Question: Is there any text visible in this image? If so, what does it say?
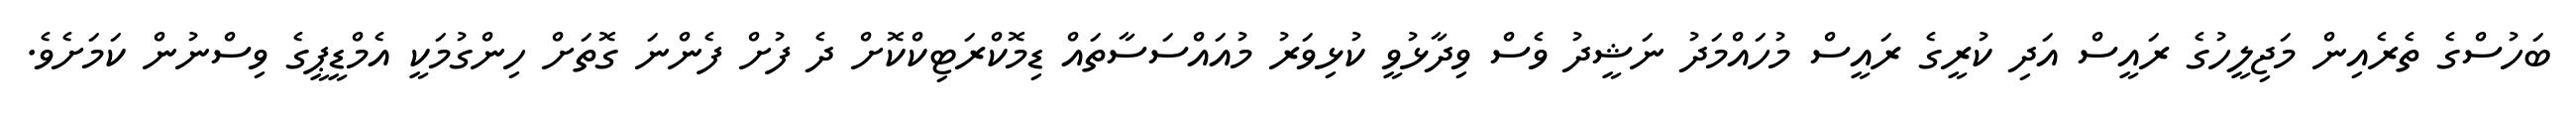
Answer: ބަހުސްގެ ތެރެއިން މަޖިލީހުގެ ރައީސް އަދި ކުރީގެ ރައީސް މުހައްމަދު ނަޝީދު ވެސް ވިދާޅުވީ ކުޅިވަރު މުއައްސަސާތައް ޑިމޮކްރަޓިކްކޮށް ދެ ފުށް ފެންނަ ގޮތަށް ހިންގުމަކީ އެމްޑީޕީގެ ވިސްނުން ކަމަށެވެ.